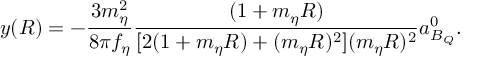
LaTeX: y ( R ) = - \frac { 3 m _ { \eta } ^ { 2 } } { 8 \pi f _ { \eta } } \frac { ( 1 + m _ { \eta } R ) } { [ 2 ( 1 + m _ { \eta } R ) + ( m _ { \eta } R ) ^ { 2 } ] ( m _ { \eta } R ) ^ { 2 } } a _ { B _ { Q } } ^ { 0 } .